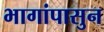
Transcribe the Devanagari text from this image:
भागांपासुन